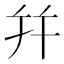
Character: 幷